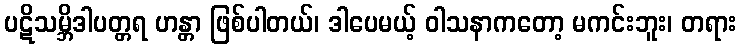
ပဋိသမ္ဘိဒါပတ္တရ ဟန္တာ ဖြစ်ပါတယ်၊ ဒါပေမယ့် ဝါသနာကတော့ မကင်းဘူး၊ တရား